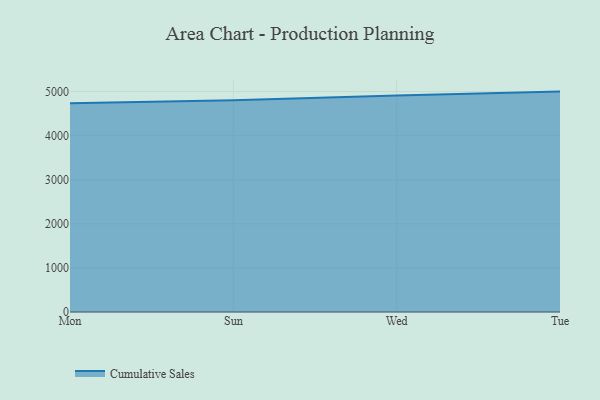
{"axis": {"x": "Day", "y": "Net Income (USD K)"}, "legend": ["Cumulative Sales"], "data": [{"x": "Mon", "y": 4734.3, "type": "Cumulative Sales"}, {"x": "Sun", "y": 4804.5, "type": "Cumulative Sales"}, {"x": "Wed", "y": 4912.7, "type": "Cumulative Sales"}, {"x": "Tue", "y": 5000, "type": "Cumulative Sales"}]}